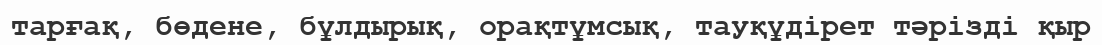
тарғақ, бөдене, бұлдырық, орақтұмсық, тауқұдірет тәрізді қыр